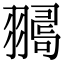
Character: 𦒞